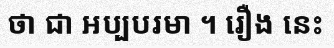
ថា ជា អប្បបរមា ។ រឿង នេះ